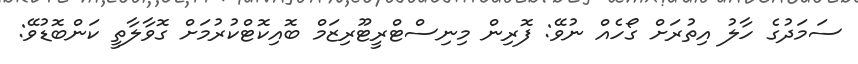
ސަމަދުގެ ހާލު އިތުރަށް ގޯހެއް ނުވޭ: ފޮރިން މިނިސްޓްރީޓޫރިޒަމް ބޮއިކޮޓްކުރުމަށް ގޮވާލާތީ ކަންބޮޑުވޭ: